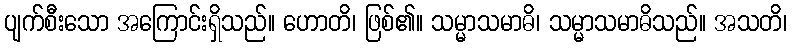
ပျက်စီးသော အကြောင်းရှိသည်။ ဟောတိ၊ ဖြစ်၏။ သမ္မာသမာဓိ၊ သမ္မာသမာဓိသည်။ အသတိ၊